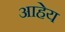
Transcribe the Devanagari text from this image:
आहेय